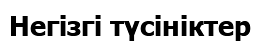
Негізгі түсініктер